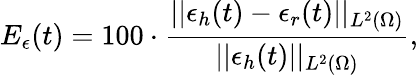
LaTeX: E_{\epsilon}(t)=100\cdot\frac{||\epsilon_{h}(t)-\epsilon_{r}(t)||_{L^{2}(\Omega)}}{||{\epsilon_{h}}(t)||_{L^{2}(\Omega)}},